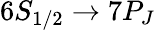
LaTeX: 6S_{1/2}\rightarrow 7P_{J}